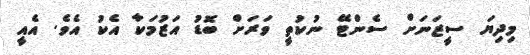
މިދިޔަ ސީޒަނަށް ސެންޓޭ ނުކުތީ ވަރަށް ބޮޑު އަޒުމަކާ އެކު އެވެ. އެއީ